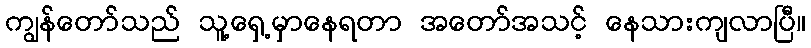
ကျွန်တော်သည် သူ့ရှေ့မှာနေရတာ အတော်အသင့် နေသားကျလာပြီ။